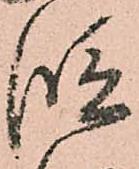
段